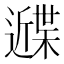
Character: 𰻙